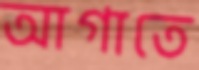
আগাতে